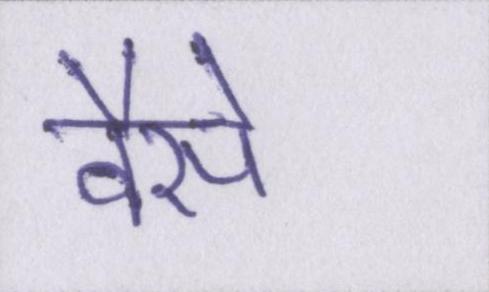
वैसे